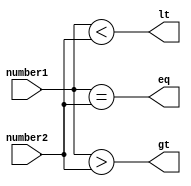
module Unsigned_Magnitude_Comparator (
    input [7:0] number1,
    input [7:0] number2,
    output gt,
    output lt,
    output eq
);

assign gt = (number1 > number2);
assign lt = (number1 < number2);
assign eq = (number1 == number2);

endmodule